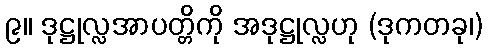
၉။ ဒုဋ္ဌုလ္လအာပတ္တိကို အဒုဋ္ဌုလ္လဟု (ဒုကတခု၊)